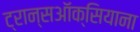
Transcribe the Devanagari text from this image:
ट्रान्सऑक्सियाना